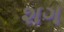
શગ